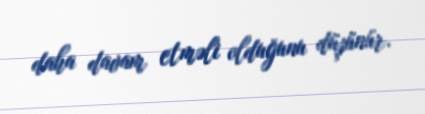
daha davam etməli olduğunu düşünür.